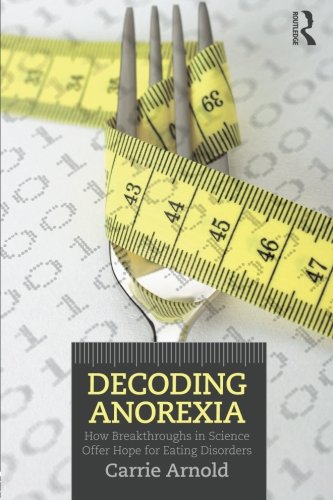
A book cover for Decoding Anorexia: How Breakthroughs in Science Offer Hope for Eating Disorders; Carrie Arnold; Self-Help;